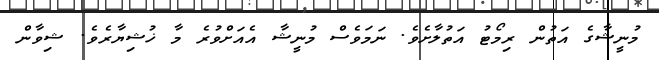
މުނީޝާގެ އަތުން ރިމޯޓު އަތުލާށެވެ. ނަމަވެސް މުނީޝާ އެއަށްވުރެ މާ ޚުޝިޔާރެވެ. ޝިވާން